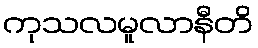
ကုသလမူလာနီတိ